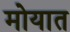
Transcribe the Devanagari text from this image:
मोयात